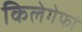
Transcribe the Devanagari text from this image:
किलेगेफां